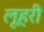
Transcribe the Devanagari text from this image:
लूहरी